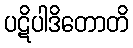
ပဋိပါဒိတောတိ